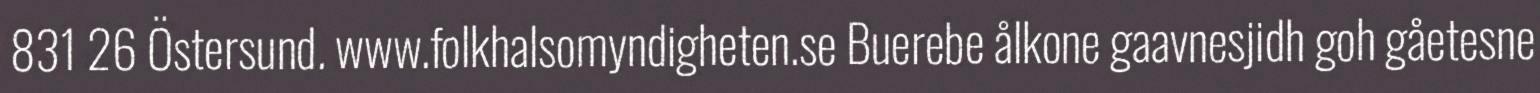
831 26 Östersund. www.folkhalsomyndigheten.se Buerebe ålkone gaavnesjidh goh gåetesne